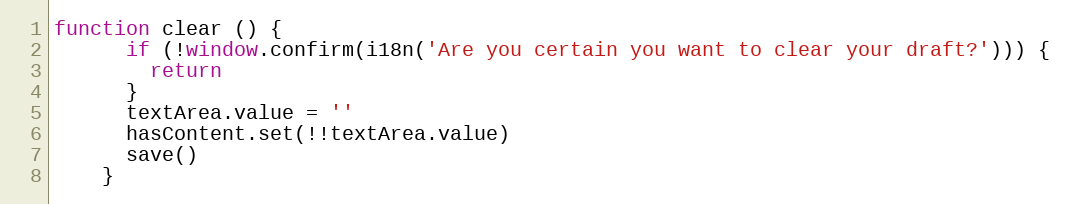
Language: JavaScript
function clear () {
      if (!window.confirm(i18n('Are you certain you want to clear your draft?'))) {
        return
      }
      textArea.value = ''
      hasContent.set(!!textArea.value)
      save()
    }